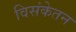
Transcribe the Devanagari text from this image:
विसंकेतन